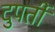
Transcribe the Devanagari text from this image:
दुपर्ती